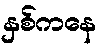
နှစ်ကနေ